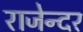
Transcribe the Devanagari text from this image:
राजेन्दर